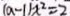
( a - 1 ) x ^ { 2 } = 2